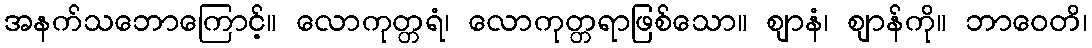
အနက်သဘောကြောင့်။ လောကုတ္တရံ၊ လောကုတ္တရာဖြစ်သော။ ဈာနံ၊ ဈာန်ကို။ ဘာဝေတိ၊